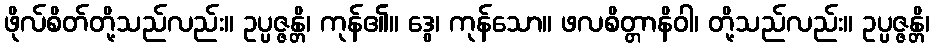
ဖိုလ်စိတ်တို့သည်လည်း။ ဥပ္ပဇ္ဇန္တိ၊ ကုန်၏။ ဒွေ၊ ကုန်သော။ ဖလစိတ္တာနိဝါ၊ တို့သည်လည်း။ ဥပ္ပဇ္ဇန္တိ၊